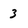
Character: 3